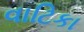
વાટિકા